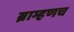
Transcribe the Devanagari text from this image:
ब्राम्हणच